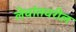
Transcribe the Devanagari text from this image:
लेवांतवरील